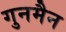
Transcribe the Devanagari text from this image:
गुनमैन